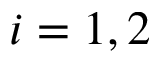
i = 1 , 2